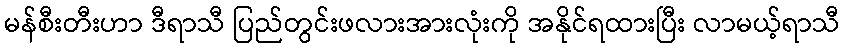
မန်စီးတီးဟာ ဒီရာသီ ပြည်တွင်းဖလားအားလုံးကို အနိုင်ရထားပြီး လာမယ့်ရာသီ